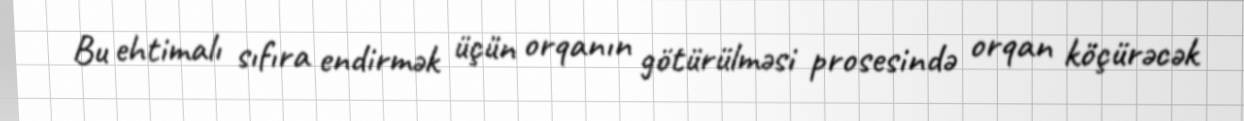
Bu ehtimalı sıfıra endirmək üçün orqanın götürülməsi prosesində orqan köçürəcək